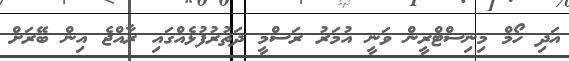
އަދި ހޯމް މިނިސްޓްރީން ވަނީ އުމަރު ރަސްމީ ދަތުރުފުޅެއްގައި ރާއްޖެ އިން ބޭރަށް